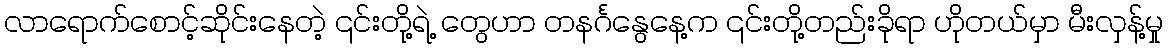
လာရောက်စောင့်ဆိုင်းနေတဲ့ ၎င်းတို့ရဲ့ တွေဟာ တနင်္ဂနွေနေ့က ၎င်းတို့တည်းခိုရာ ဟိုတယ်မှာ မီးလှန့်မှု